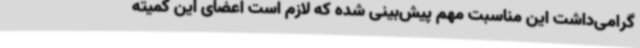
گرامی‌داشت این مناسبت مهم پیش‌بینی شده که لازم است اعضای این کمیته